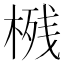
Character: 𱣴